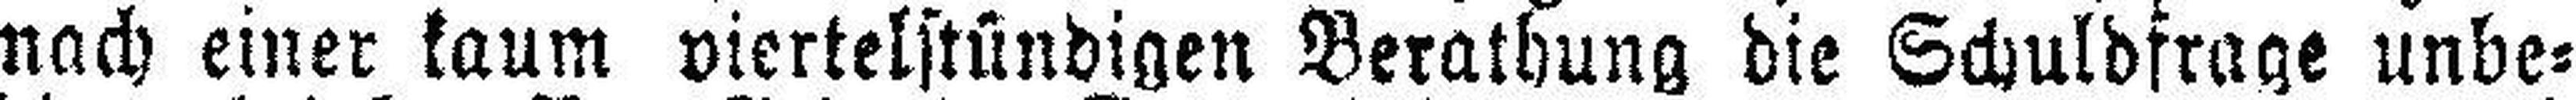
nach einer kaum viertelstündigen Berathung die Schuldfrage unbe¬